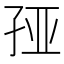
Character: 𰌦